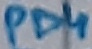
Text: PD4